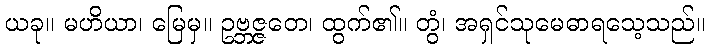
ယခု။ မဟိယာ၊ မြေမှ။ ဥဗ္ဘဇ္ဇတေ၊ ထွက်၏။ တွံ၊ အရှင်သုမေဓာရသေ့သည်။